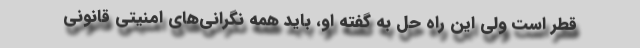
قطر است ولی این راه حل به گفته او، باید همه نگرانی‌های امنیتی قانونی